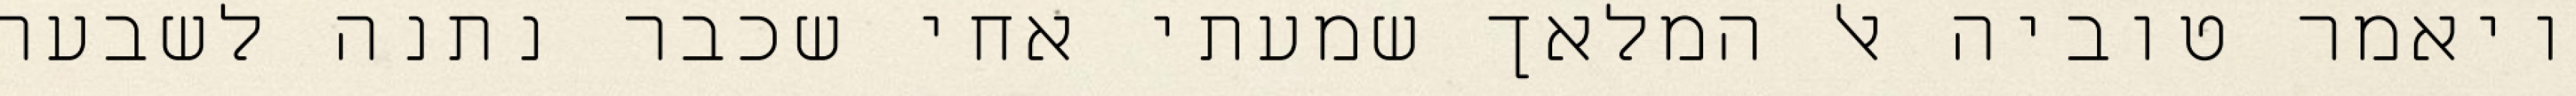
ויאמר טוביה אל המלאך שמעתי אחי שכבר נתנה לשבעה